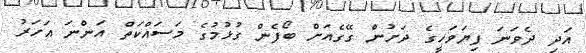
އަދި ދެވަނަ ފިޔަވަހީގެ ދަށުން ގޭގެއަށް ބޯފެން ގުޅުމުގެ މަސައްކަތް އަންނަ އަހަރު